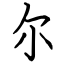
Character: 尔